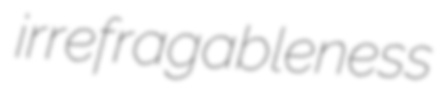
irrefragableness